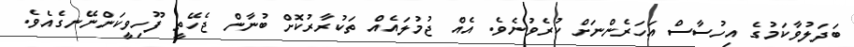
ބަދަލުވާކަމުގެ އިހުސާސް އަހަރެންނަށް ކުރެވުނެވެ. އެއް ޖުމުލައެއް ތަކުރާރުކޮށް ބުނާން ޖެހޭތީ ފޫހިވީކަންނޭނގެއެވެ.